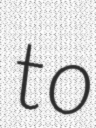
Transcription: to